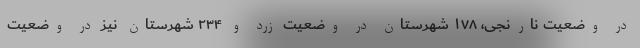
در وضعیت نارنجی، ۱۷۸ شهرستان در وضعیت زرد و ۲۳۴ شهرستان نیز در وضعیت